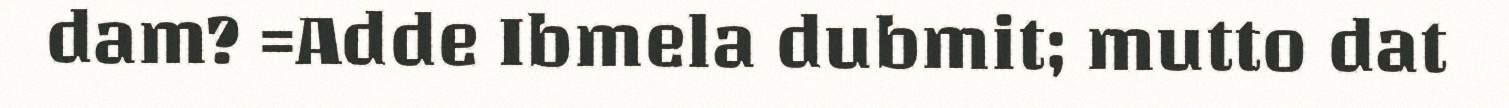
dam? =Adde Ibmela dubmit; mutto dat